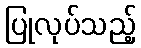
ပြုလုပ်သည့်